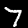
Digit: 7